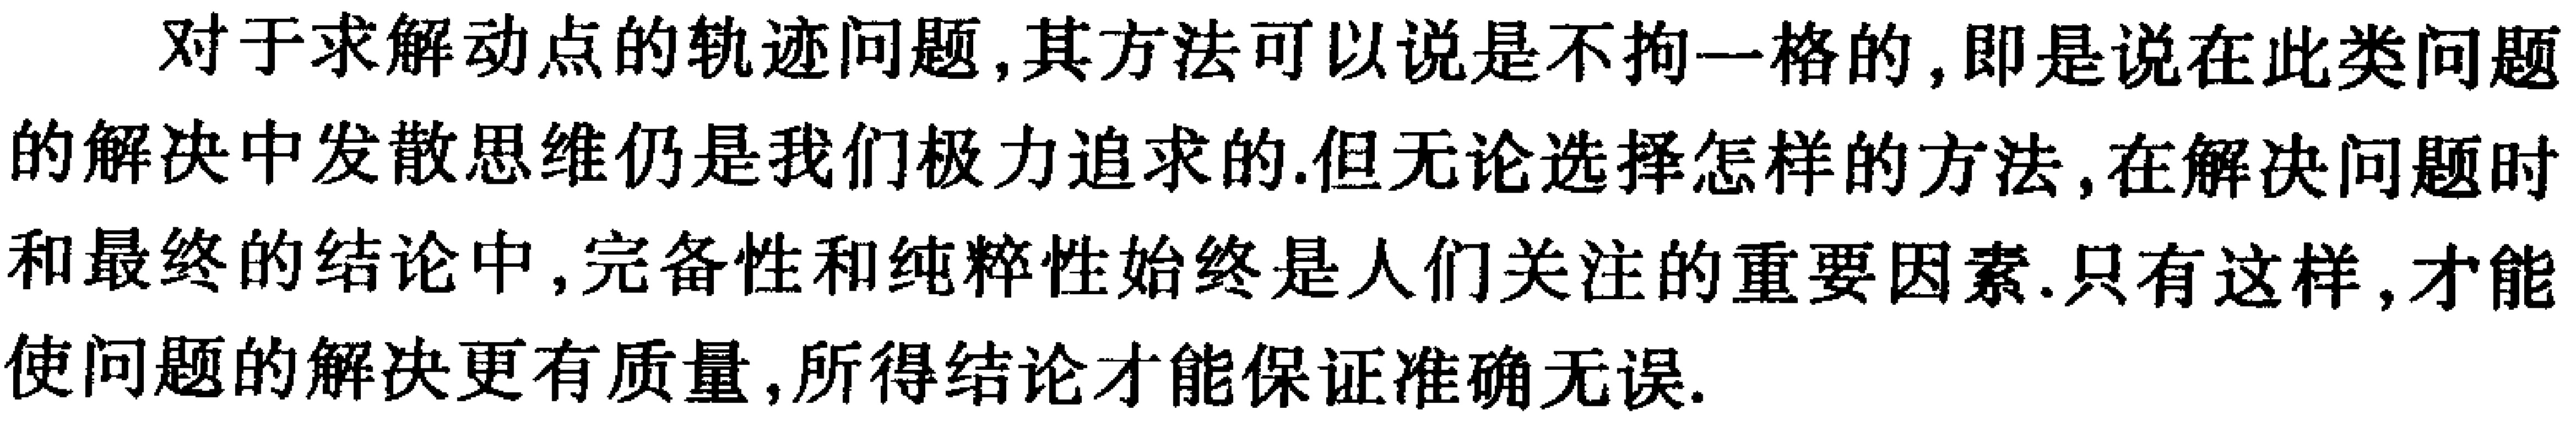
对于求解动点的轨迹问题,其方法可以说是不拘一格的,即是说在此类问题的解决中发散思维仍是我们极力追求的.但无论选择怎样的方法,在解决问题时和最终的结论中,完备性和纯粹性始终是人们关注的重要因素.只有这样,才能使问题的解决更有质量,所得结论才能保证准确无误.